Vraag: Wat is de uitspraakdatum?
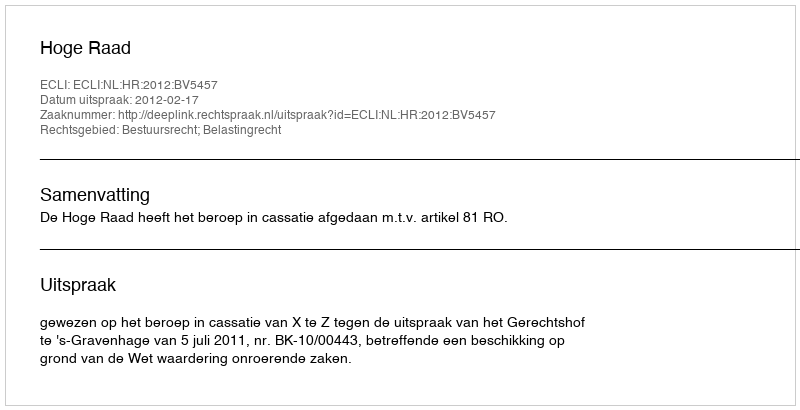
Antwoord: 2012-02-17